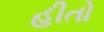
હીતો